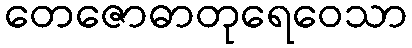
တေဇောဓာတုရေဝေသာ